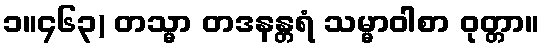
၁။၄၆၃) တသ္မာ တဒနန္တရံ သမ္မာဝါစာ ဝုတ္တာ။